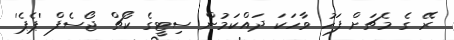
ރޭ ގެ މެޗަށް ފަހު ވާހަކަ ދައްކަމުން ސިޓީގެ ކޯޗް ޖޯސެފް 'ޕެޕެ'